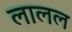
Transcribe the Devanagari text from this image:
लालल